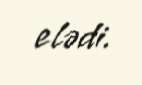
elədi.